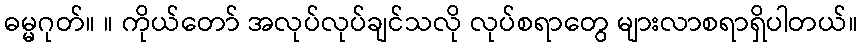
ဓမ္မဂုတ်။ ။ ကိုယ်တော် အလုပ်လုပ်ချင်သလို လုပ်စရာတွေ များလာစရာရှိပါတယ်။